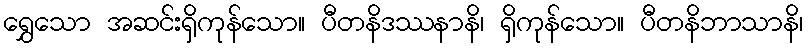
ရွှေသော အဆင်းရှိကုန်သော။ ပီတနိဒဿနာနိ၊ ရှိကုန်သော။ ပီတနိဘာသာနိ၊